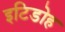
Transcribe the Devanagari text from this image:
इटिडोह